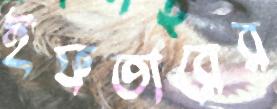
ইফতারের